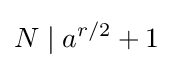
N\mid a^{r/2}+1